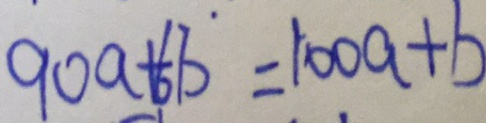
9 0 a + 6 b ^ { \cdot } = 1 0 0 a + b